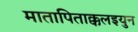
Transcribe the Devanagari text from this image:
मातापिताक्कलइयुन